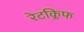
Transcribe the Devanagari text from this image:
रेटक्लिफ